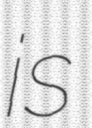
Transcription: is